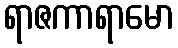
ရာဇကာရာမော